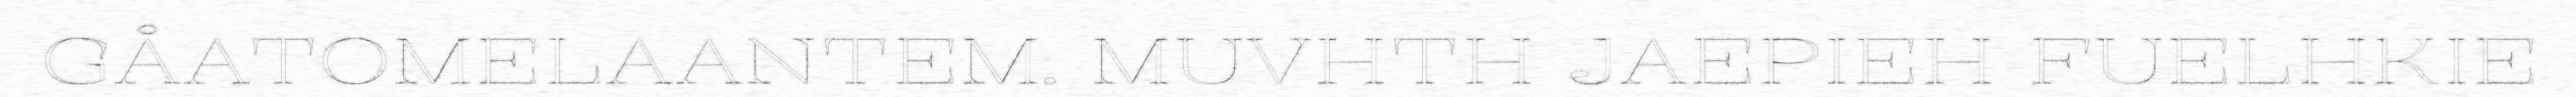
GÅATOMELAANTEM. MUVHTH JAEPIEH FUELHKIE